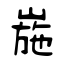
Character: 崺